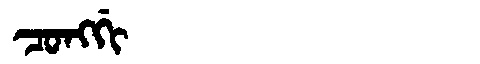
Manchu: ᠴᠣᠩᡤᡳ
Romanization: CONGGI